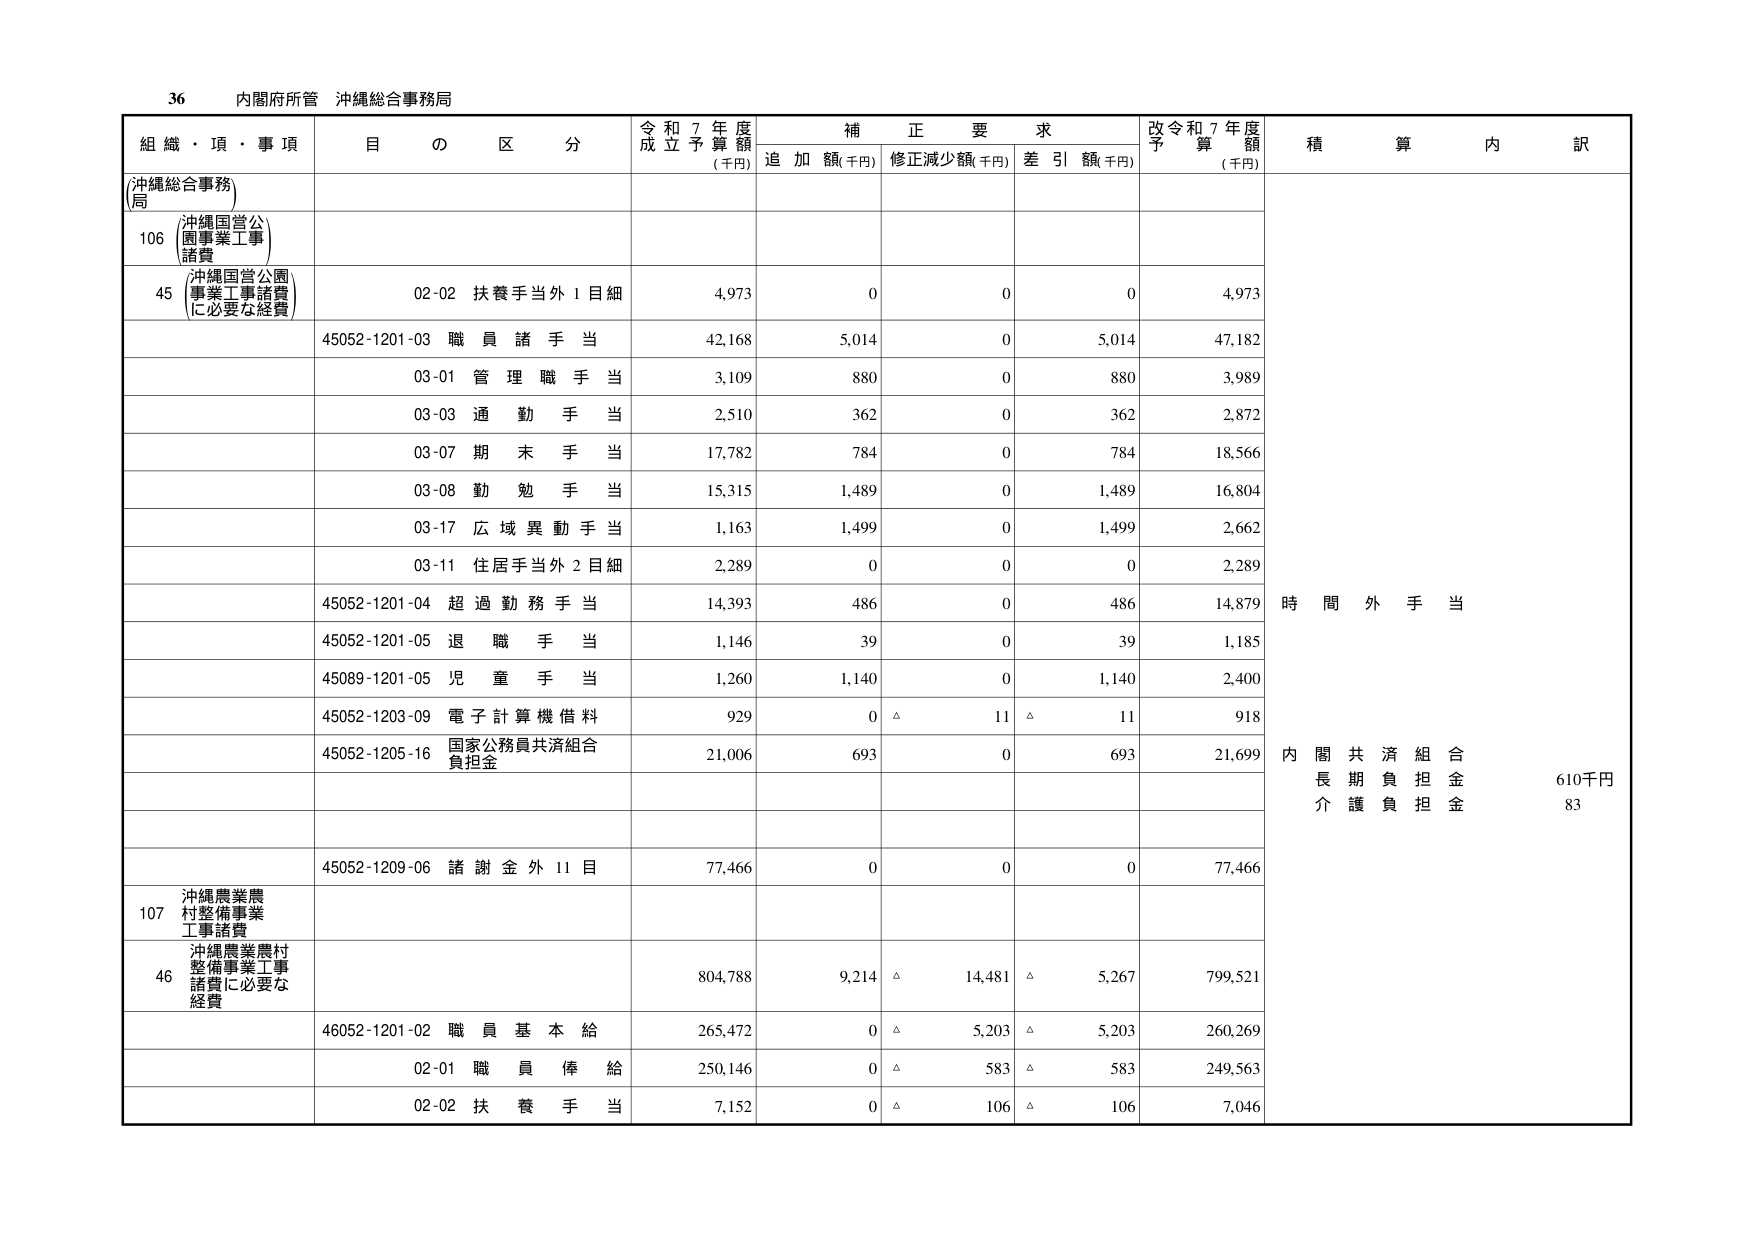
36 内閣府所管 沖縄総合事務局

組織・項・事項 目の区分 令和7年度成立予算額(千円) 補正要求 追加額(千円) 修正減少額(千円) 差引額(千円) 改令和7年度予算額(千円) 積算内訳

(沖縄総合事務局)

106 沖縄国営公園事業工事諸費

45 (沖縄国営公園事業工事諸費に必要な経費) 02-02 扶養手当外1目細 4,973 0 0 0 4,973

45052-1201-03 職員諸手当 42,168 5,014 0 5,014 47,182

03-01 管理職手当 3,109 880 0 880 3,989

03-03 通勤手当 2,510 362 0 362 2,872

03-07 期末手当 17,782 784 0 784 18,566

03-08 勤勉手当 15,315 1,489 0 1,489 16,804

03-17 広域異動手当 1,163 1,499 0 1,499 2,662

03-11 住居手当外2目細 2,289 0 0 0 2,289

45052-1201-04 超過勤務手当 14,393 486 0 486 14,879

45052-1201-05 退職手当 1,146 39 0 39 1,185

45089-1201-05 児童手当 1,260 1,140 0 1,140 2,400

45052-1203-09 電子計算機借料 929 0 △ 11 △ 11 918

45052-1205-16 国家公務員共済組合負担金 21,006 693 0 693 21,699

45052-1209-06 諸謝金外11目 77,466 0 0 0 77,466

107 沖縄農業農村整備事業工事諸費

46 沖縄農業農村整備事業工事諸費に必要な経費 804,788 9,214 △ 14,481 △ 5,267 799,521

46052-1201-02 職員基本給 265,472 0 △ 5,203 △ 5,203 260,269

02-01 職員俸給 250,146 0 △ 583 △ 583 249,563

02-02 扶養手当 7,152 0 △ 106 △ 106 7,046

時間外手当

内閣共済組合 長期負担金 610千円 介護負担金 83